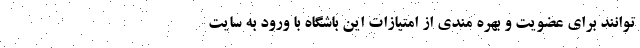
توانند برای عضویت و بهره مندی از امتیازات این باشگاه با ورود به سایت